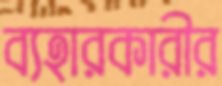
ব্যহারকারীর